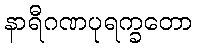
နာရီဂဏပုရက္ခတော